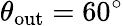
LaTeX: \theta_{\mathrm{out}}=60^{\circ}